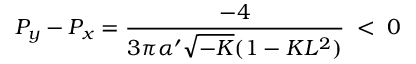
P _ { y } - P _ { x } = \frac { - 4 } { 3 \pi \alpha ^ { \prime } \sqrt { - K } ( 1 - K L ^ { 2 } ) } \; < \; 0